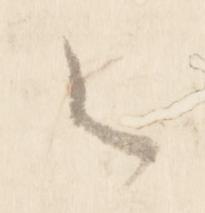
之